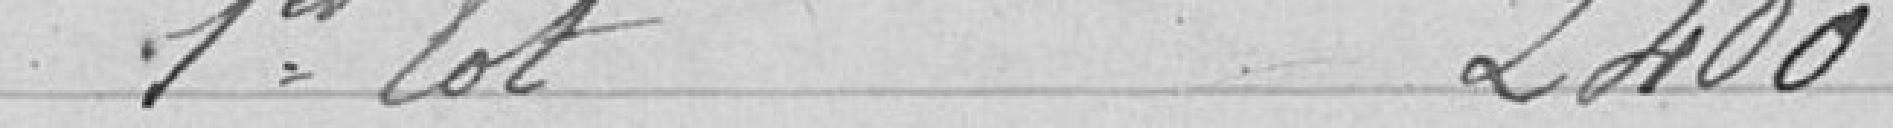
Premier lot 2400